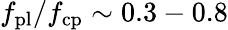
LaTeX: f_{\mathrm{pl}}/f_{\mathrm{cp}}\sim 0.3-0.8